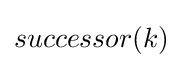
successor(k)